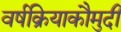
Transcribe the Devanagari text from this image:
वर्षक्रियाकौमुदी